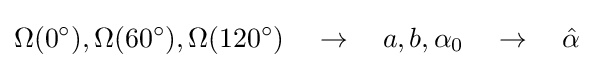
\Omega (0^{\circ }),\Omega (60^{\circ }),\Omega (120^{\circ })\quad \rightarrow \quad a,b,\alpha _{0}\quad \rightarrow \quad {\hat {\alpha }}